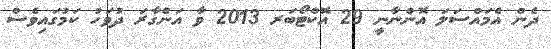
ދެން އެމައްސަލަ އޮންނާނީ 29 އޮކްޓޯބަރ 2013 ވާ އަންގާރަ ދުވަހު ކަމުގައިވެސް